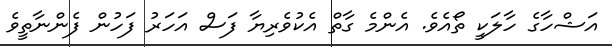
އަޝްހާގެ ހާލަކީ ތޯއެވެ. އެންމެ ގާތް އެކުވެރިޔާ ފަސް އަހަރު ފަހުން ފެންނާތީވެ